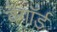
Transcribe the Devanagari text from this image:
वेगॉर्ड